Civil Veterinary Dept. North-West Frontier Province 1923-32 - 1923-1932
Year: 1923
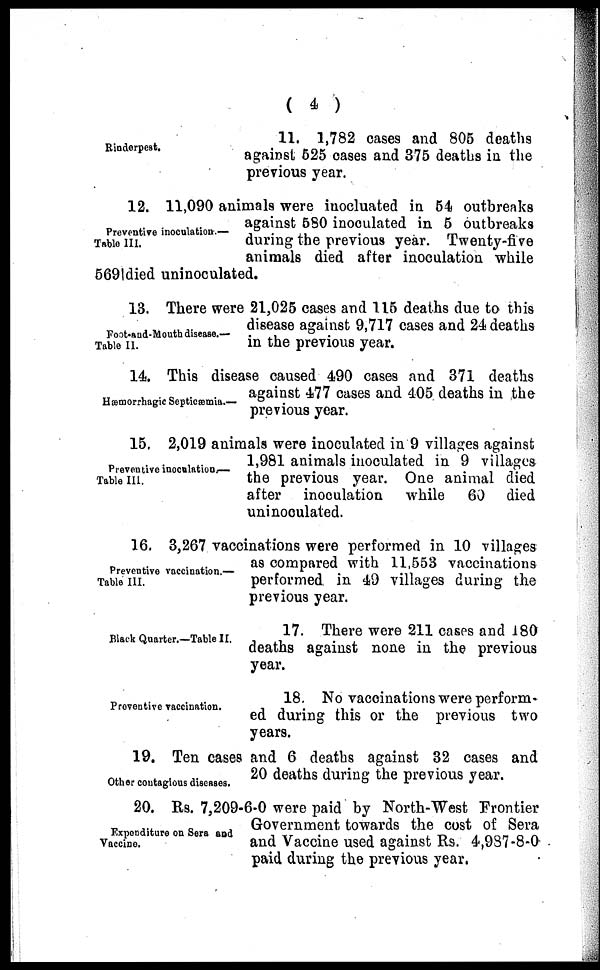
( 4 )
Rinderpest.
11. 1,782 cases and 805 deaths
against 525 cases and 375 deaths in the
previous year.
Preventive inoculation.—
Table III.
12. 11,090 animals were inocluated in 54 outbreaks
against 580 inoculated in 5 outbreaks
during the previous year. Twenty-five
animals died after inoculation while
569died uninoculated.
Foot-and-Mouth disease.—
Table II.
13. There were 21,025 cases and 115 deaths due to this
disease against 9,717 cases and 24 deaths
in the previous year.
Hæmorrhagic Septicæmia.—
14. This disease caused 490 cases and 371 deaths
against 477 cases and 405 deaths in the
previous year.
Preventive inoculation.—
Table III.
15. 2,019 animals were inoculated in 9 villages against
1,981 animals inoculated in 9 villages
the previous year. One animal died
after
inoculation while
60 died
uninoculated.
Preventive vaccination.—
Table III.
16. 3,267 vaccinations were performed in 10 villages
as compared with 11,553 vaccinations
performed in 49 villages during the
previous year.
Black Quarter.—Table II.
17. There were 211 cases and 180
deaths against none in the previous
year.
Proventive vaccination.
18. No vaccinations were perform-
ed during this or the previous two
years.
Other contagious diseases.
19. Ten cases and 6 deaths against 32 cases and
20 deaths during the previous year.
Expenditure on Sera and
Vaccine.
20. Rs. 7,209-6-0 were paid by North-West Frontier
Government towards the cost of Sera
and Vaccine used against Rs. 4,987-8-0
paid during the previous year.